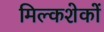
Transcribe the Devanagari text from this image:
मिल्कशेकों